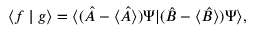
\langle f \mid g \rangle = \langle ( { \hat { A } } - \langle { \hat { A } } \rangle ) \Psi | ( { \hat { B } } - \langle { \hat { B } } \rangle ) \Psi \rangle ,